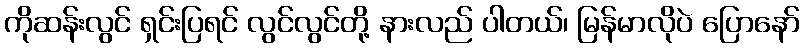
ကိုဆန်းလွင် ရှင်းပြရင် လွင်လွင်တို့ နားလည် ပါတယ်၊ မြန်မာလိုပဲ ပြောနော်